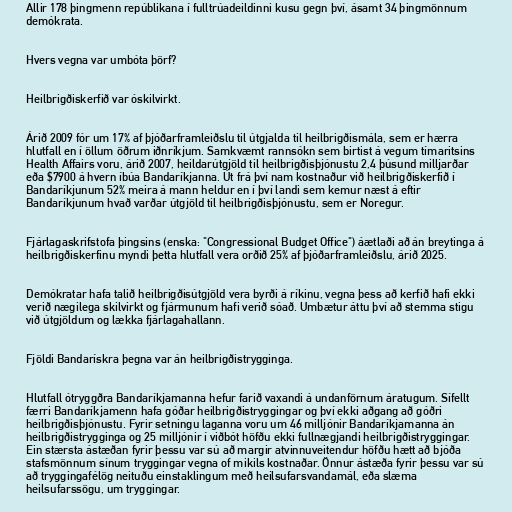
Allir 178 þingmenn repúblikana í fulltrúadeildinni kusu gegn því, ásamt 34 þingmönnum
demókrata.

Hvers vegna var umbóta þörf?

Heilbrigðiskerfið var óskilvirkt.

Árið 2009 fór um 17% af þjóðarframleiðslu til útgjalda til heilbrigðismála, sem er hærra
hlutfall en í öllum öðrum iðnríkjum. Samkvæmt rannsókn sem birtist á vegum tímaritsins
Health Affairs voru, árið 2007, heildarútgjöld til heilbrigðisþjónustu 2,4 þúsund milljarðar
eða $7900 á hvern íbúa Bandaríkjanna. Út frá því nam kostnaður við heilbrigðiskerfið í
Bandaríkjunum 52% meira á mann heldur en í því landi sem kemur næst á eftir
Bandaríkjunum hvað varðar útgjöld til heilbrigðisþjónustu, sem er Noregur.

Fjárlagaskrifstofa þingsins (enska: "Congressional Budget Office") áætlaði að án breytinga á
heilbrigðiskerfinu myndi þetta hlutfall vera orðið 25% af þjóðarframleiðslu, árið 2025.

Demókratar hafa talið heilbrigðisútgjöld vera byrði á ríkinu, vegna þess að kerfið hafi ekki
verið nægilega skilvirkt og fjármunum hafi verið sóað. Umbætur áttu því að stemma stigu
við útgjöldum og lækka fjárlagahallann.

Fjöldi Bandarískra þegna var án heilbrigðistrygginga.

Hlutfall ótryggðra Bandaríkjamanna hefur farið vaxandi á undanförnum áratugum. Sífellt
færri Bandaríkjamenn hafa góðar heilbrigðistryggingar og því ekki aðgang að góðri
heilbrigðisþjónustu. Fyrir setningu laganna voru um 46 milljónir Bandaríkjamanna án
heilbrigðistrygginga og 25 milljónir í viðbót höfðu ekki fullnægjandi heilbrigðistryggingar.
Ein stærsta ástæðan fyrir þessu var sú að margir atvinnuveitendur höfðu hætt að bjóða
stafsmönnum sínum tryggingar vegna of mikils kostnaðar. Önnur ástæða fyrir þessu var sú
að tryggingafélög neituðu einstaklingum með heilsufarsvandamál, eða slæma
heilsufarssögu, um tryggingar.